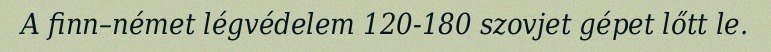
A finn–német légvédelem 120-180 szovjet gépet lőtt le.